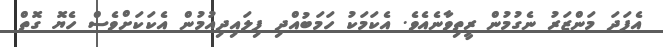
އެފަދަ މަންޒަރު ނެގުމުން ރީތިވާނެއެވެ. އެކަމަކު ހަމަބުއްދި ފިލައިދިއުމުން އެކަކަށްވެސް ހެޔޮ ގޮތް